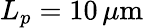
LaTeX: L_{p}=10\, \mu\mathrm{m}